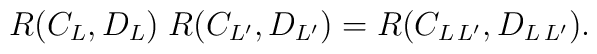
R(C_{L},D_{L})\; R(C_{L^{\prime}},D_{L^{\prime}})=   R(C_{L\,L^{\prime}},D_{L\,L^{\prime}}).